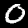
Digit: 0